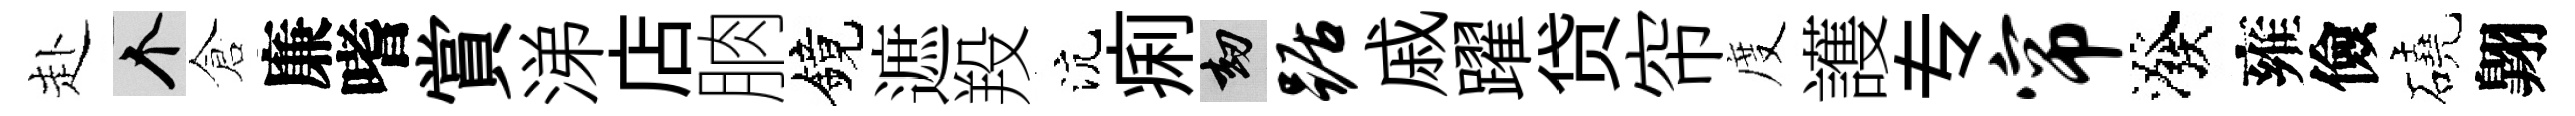
赴个倉廉嗜賞涕店朒鏡遮羖沆痢劫踞戚躍贷帘度護专帘潑雍儉磽翺